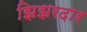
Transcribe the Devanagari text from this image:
झिझरदार